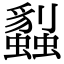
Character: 蠫